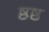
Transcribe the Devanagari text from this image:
ष्ठष्ठ